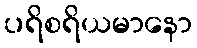
ပရိစရိယမာနော